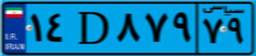
۱۴D۸۷۹۷۹